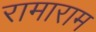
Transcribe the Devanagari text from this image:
रामाराम